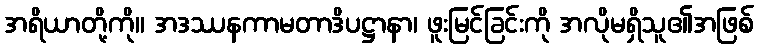
အရိယာတို့ကို။ အဒဿနကာမတာဒိပဋ္ဌာနာ၊ ဖူးမြင်ခြင်းကို အလိုမရှိသူ၏အဖြစ်